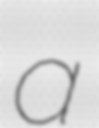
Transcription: a